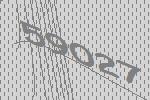
59027